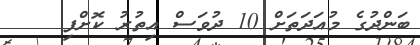
ބަންދުގެ މުއަދަތަށް 10 ދުވަސް އިތުރު ކޮށްފި